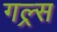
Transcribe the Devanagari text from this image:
गल्र्स